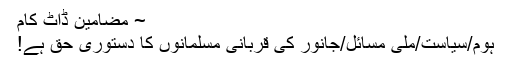
~ مضامین ڈاٹ کام
ہوم/سیاست/ملی مسائل/جانور کی قربانی مسلمانوں کا دستوری حق ہے!